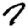
Digit: 7